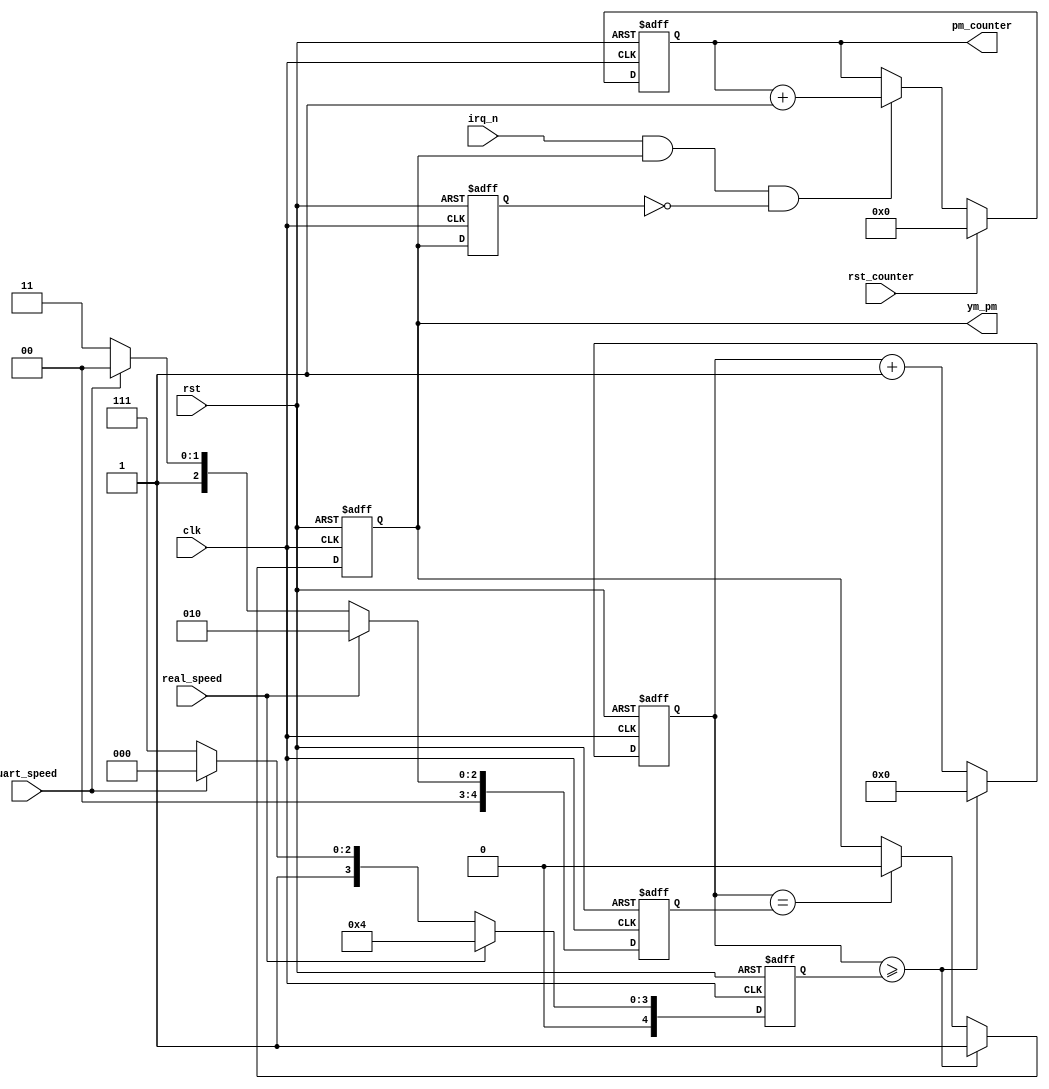
/*
  
   Multicore 2 / Multicore 2+
  
   Copyright (c) 2017-2020 - Victor Trucco

  
   All rights reserved
  
   Redistribution and use in source and synthezised forms, with or without
   modification, are permitted provided that the following conditions are met:
  
   Redistributions of source code must retain the above copyright notice,
   this list of conditions and the following disclaimer.
  
   Redistributions in synthesized form must reproduce the above copyright
   notice, this list of conditions and the following disclaimer in the
   documentation and/or other materials provided with the distribution.
  
   Neither the name of the author nor the names of other contributors may
   be used to endorse or promote products derived from this software without
   specific prior written permission.
  
   THIS CODE IS PROVIDED BY THE COPYRIGHT HOLDERS AND CONTRIBUTORS "AS IS"
   AND ANY EXPRESS OR IMPLIED WARRANTIES, INCLUDING, BUT NOT LIMITED TO,
   THE IMPLIED WARRANTIES OF MERCHANTABILITY AND FITNESS FOR A PARTICULAR
   PURPOSE ARE DISCLAIMED. IN NO EVENT SHALL THE AUTHOR OR CONTRIBUTORS BE
   LIABLE FOR ANY DIRECT, INDIRECT, INCIDENTAL, SPECIAL, EXEMPLARY, OR
   CONSEQUENTIAL DAMAGES (INCLUDING, BUT NOT LIMITED TO, PROCUREMENT OF
   SUBSTITUTE GOODS OR SERVICES; LOSS OF USE, DATA, OR PROFITS; OR BUSINESS
   INTERRUPTION) HOWEVER CAUSED AND ON ANY THEORY OF LIABILITY, WHETHER IN
   CONTRACT, STRICT LIABILITY, OR TORT (INCLUDING NEGLIGENCE OR OTHERWISE)
   ARISING IN ANY WAY OUT OF THE USE OF THIS SOFTWARE, EVEN IF ADVISED OF THE
   POSSIBILITY OF SUCH DAMAGE.
  
   You are responsible for any legal issues arising from your use of this code.
  
*/`timescale 1ns / 1ps

module pm_clk_real(
	input             clk,
	input             rst,
	input             real_speed,
	input             rst_counter,
	input             irq_n,			// the pm counter does not count when irq_n is low
	input 			  uart_speed,
	output reg        ym_pm,
	output reg [31:0] pm_counter
);
parameter stop=5'd07;
reg [4:0] div_cnt, cambio0, cambio1; 

always @(posedge clk or posedge rst) begin : speed_mux
	if( rst ) begin
		cambio0 <= 5'd2;
		cambio1 <= 5'd4;
	end
	else begin
		if( real_speed ) begin
			cambio0 <= 5'd2;
			cambio1 <= 5'd4;
		end
		else begin // con 8/16 he visto fallar el STATUS del YM una vez
			if( uart_speed ) begin
				cambio0 <= 5'd4;
				cambio1 <= 5'd8;
			end else begin
				cambio0 <= 5'd7;
				cambio1 <= 5'd15;
			end
		end
	end
end

always @(posedge clk or posedge rst) begin : ym_pm_ff
	if( rst ) begin
		div_cnt    <= 5'd0;
		ym_pm      <= 1'b0;
	end
	else begin	
		if(div_cnt>=cambio1) begin // =5'd4 tiempo real del YM
			ym_pm   <= 1'b1;
			div_cnt <= 5'd0;
		end
		else begin
			if( div_cnt==cambio0 ) ym_pm <= 1'b0; // =5'd2 tiempo real
			div_cnt <= div_cnt + 1'b1;
		end
	end
end

reg ultpm;

always @(posedge clk or posedge rst) begin : pm_counter_ff
	if( rst )  begin
		pm_counter <= 32'd0;
		ultpm      <= 1'b0;
	end
	else begin
		ultpm <= ym_pm;
		if(rst_counter) 
			pm_counter <= 32'd0;
		else
			if( irq_n && ym_pm && !ultpm ) 
				pm_counter <= pm_counter + 1'd1;		
	end
end

endmodule